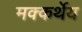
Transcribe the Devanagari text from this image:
मक्कर्थेय